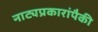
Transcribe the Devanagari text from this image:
नाट्यप्रकारांपैकी